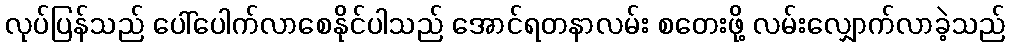
လုပ်ပြန်သည် ပေါ်ပေါက်လာစေနိုင်ပါသည် အောင်ရတနာလမ်း စတေးဖို့ လမ်းလျှောက်လာခဲ့သည်